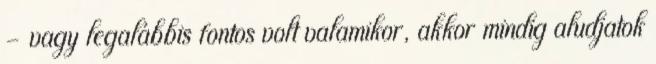
– vagy legalábbis fontos volt valamikor, akkor mindig aludjatok